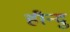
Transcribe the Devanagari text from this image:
हीन्दु